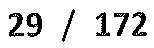
\(29/172\)